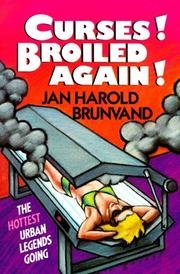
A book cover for Curses! Broiled Again! - The Hottest Urban Legends Going; Jan Harold Brunvand; Humor & Entertainment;